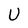
Character: U